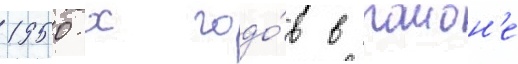
1950-х годо́в в раион'е